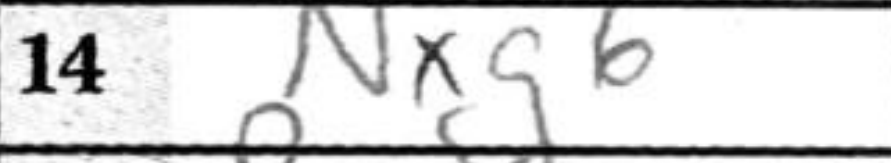
Transcription: Nxg6